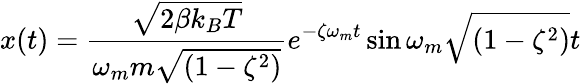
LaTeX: x(t)=\frac{\sqrt{2\beta k_{B}T}}{\omega_{m}m\sqrt{(1-\zeta^{2})}}e^{-\zeta\omega_{m}t}\sin{\omega_{m}\sqrt{(1-\zeta^{2})}t}